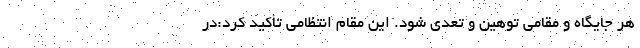
هر جایگاه و مقامی توهین و تعدی شود. این مقام انتظامی تأکید کرد:در